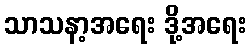
သာသနာ့အရေး ဒို့အရေး